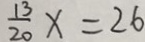
\frac { 1 3 } { 2 0 } x = 2 6